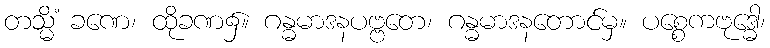
တသ္မိံ ခဏေ၊ ထိုခဏ၌။ ဂန္ဓမာဒနပဗ္ဗတေ၊ ဂန္ဓမာဒနတောင်မှ။ ပစ္စေကဗုဒ္ဓေါ၊